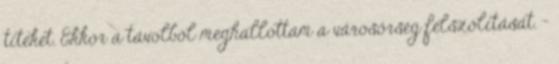
titeket. Ekkor a távolból meghallottam a városőrség felszólítását. -